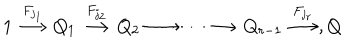
LaTeX: 1 \stackrel { F _ { j _ { 1 } } } { \longrightarrow } Q _ { 1 } \stackrel { F _ { j _ { 2 } } } { \longrightarrow } Q _ { 2 } \longrightarrow \cdots \longrightarrow Q _ { r - 1 } \stackrel { F _ { j _ { r } } } { \longrightarrow } , Q